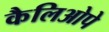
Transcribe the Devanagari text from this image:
कैलिओपे